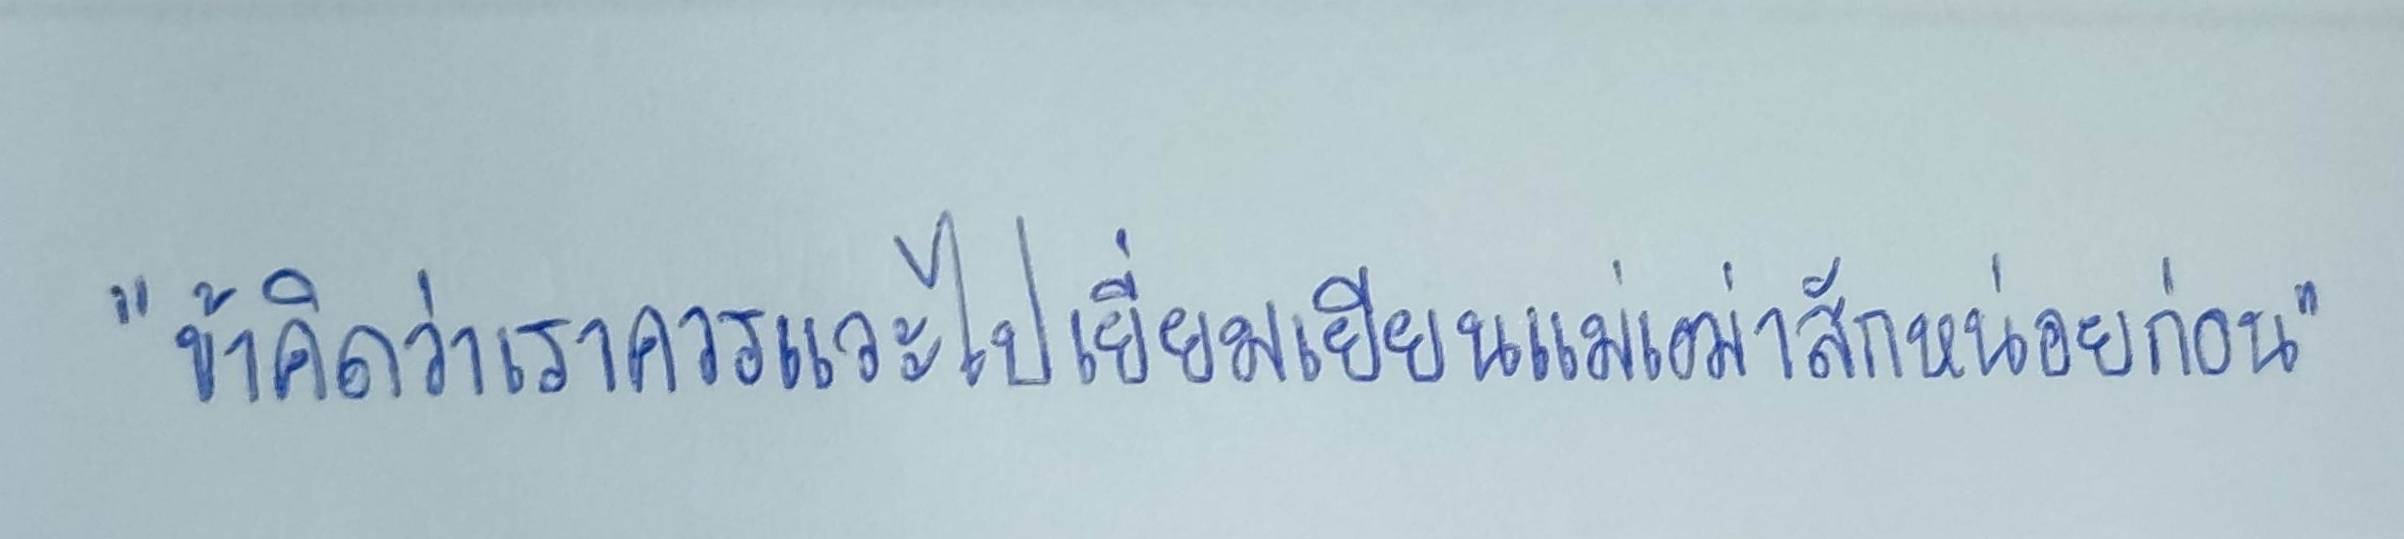
"ข้าคิดว่าเราสมควรแวะไปเยี่ยมเยียนแม่เฒ่าสักหน่อยก่อน"